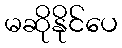
မဆိုနိုင်ပေ